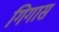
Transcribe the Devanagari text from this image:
गिगास